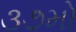
૩૭મો